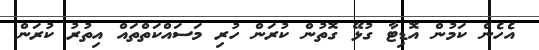
އެހެން ކަމުން އޮޑިޓާ ގުޅޭ ގޮތުން ކުރަން ހުރި މަސައްކަތްތައް އިތުރު ކުރަން